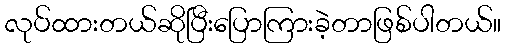
လုပ်ထားတယ်ဆိုပြီးပြောကြားခဲ့တာဖြစ်ပါတယ်။